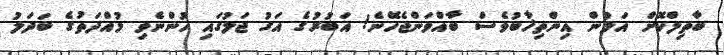
ބާތިލްކޮށް އަލުން އިންތިޚާބުވެސް ބާއްވަންޖެހޭނެ! އަބުރުގެ އަގު ޖަލުގައި ހުންނެވި މުއްދަތުގެ ބަދަލު